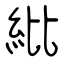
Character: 紕